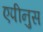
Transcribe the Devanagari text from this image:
एपीनुस